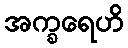
အက္ခရေဟိ